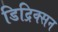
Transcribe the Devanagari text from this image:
डिद्रिक्सन